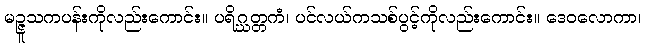
မဉ္ဇူသကပန်းကိုလည်းကောင်း။ ပရိဂ္ဃတ္တကံ၊ ပင်လယ်ကသစ်ပွင့်ကိုလည်းကောင်း။ ဒေဝလောကာ၊